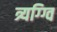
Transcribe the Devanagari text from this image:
त्र्यग्ग्वि